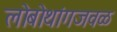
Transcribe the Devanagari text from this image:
लोबोथांगजवळ